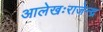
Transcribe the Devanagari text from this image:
आलेखःराजेन्द्र